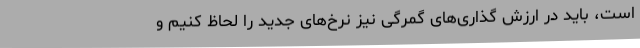
است، باید در ارزش گذاری‌های گمرگی نیز نرخ‌های جدید را لحاظ کنیم و